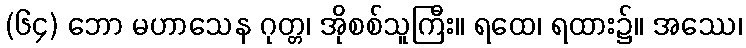
(၆၄) ဘော မဟာသေန ဂုတ္တ၊ အိုစစ်သူကြီး။ ရထေ၊ ရထား၌။ အဿေ၊